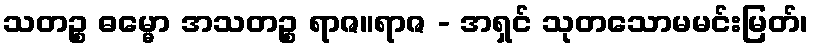
သတဉ္စ ဓမ္မော အသတဉ္စ ရာဇ။ရာဇ - အရှင် သုတသောမမင်းမြတ်၊